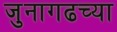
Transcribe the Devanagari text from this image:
जुनागढच्या